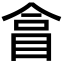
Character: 𥅽